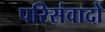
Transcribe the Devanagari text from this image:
परिसंवादों